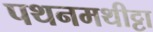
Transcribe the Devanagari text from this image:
पथनमथीट्टा